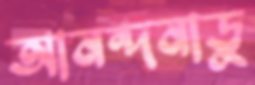
আনন্দনাড়ু